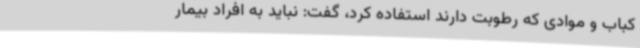
کباب و موادی که رطوبت دارند استفاده کرد، گفت: نباید به افراد بیمار